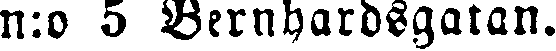
n:o 5 Bernhardsgatan.